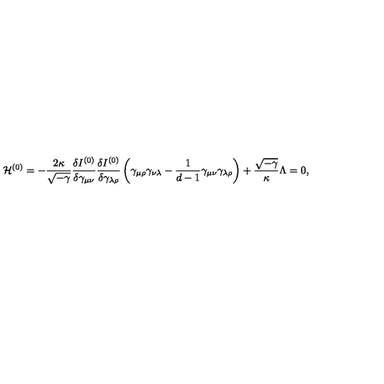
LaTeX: { \cal H } ^ { ( 0 ) } = - \frac { 2 \kappa } { \sqrt { - \gamma } } \frac { \delta I ^ { ( 0 ) } } { \delta \gamma _ { \mu \nu } } \frac { \delta I ^ { ( 0 ) } } { \delta \gamma _ { \lambda \rho } } \left( \gamma _ { \mu \rho } \gamma _ { \nu \lambda } - \frac { 1 } { d - 1 } \gamma _ { \mu \nu } \gamma _ { \lambda \rho } \right) + \frac { \sqrt { - \gamma } } { \kappa } \Lambda = 0 ,